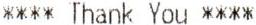
**** THANK YOU ****